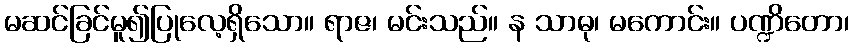
မဆင်ခြင်မူ၍ပြုလေ့ရှိသော။ ရာဇ၊ မင်းသည်။ န သာဓု၊ မကောင်း။ ပဏ္ဍိတော၊